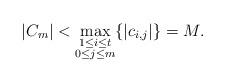
LaTeX: \begin{align*}|C_m| < \max_{\substack{1 \leq i \leq t \\ 0 \leq j \leq m}}\{|c_{i, j}|\} = M.\end{align*}